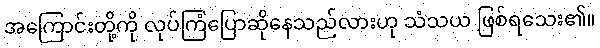
အကြောင်းတို့ကို လုပ်ကြံပြောဆိုနေသည်လားဟု သံသယ ဖြစ်ရသေး၏။